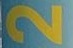
2